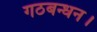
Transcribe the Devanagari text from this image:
गठबन्धन।